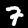
Label: 7